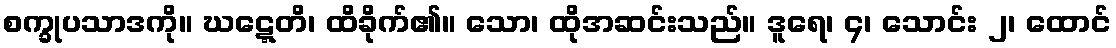
စက္ခုပသာဒကို။ ဃဋ္ဋေတိ၊ ထိခိုက်၏။ သော၊ ထိုအဆင်းသည်။ ဒူရေ၊ ၄၊ သောင်း ၂၊ ထောင်